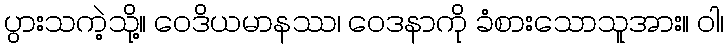
ပွားသကဲ့သို့။ ဝေဒိယမာနဿ၊ ဝေဒနာကို ခံစားသောသူအား။ ဝါ၊